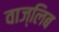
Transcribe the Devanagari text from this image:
वाज्लिब